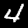
Label: 4